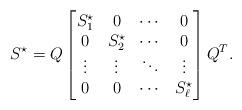
LaTeX: \begin{align*}S^{\star} = Q \begin{bmatrix}S^{\star}_1 &0 &\cdots&0 \\0 & S^{\star}_2 &\cdots &0 \\\vdots &\vdots & \ddots & \vdots \\0& 0&\cdots& S^{\star}_{\ell} \\\end{bmatrix}Q^T.\end{align*}